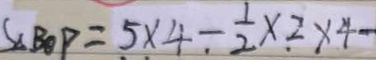
S _ { \Delta B O P } = 5 \times 4 - \frac { 1 } { 2 } \times 2 \times 4 -